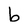
Character: b